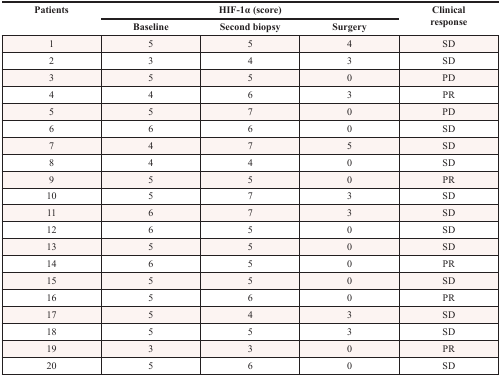
| <ROWSPAN=2> Patients | <COLSPAN=3> HIF-1α (score) | <ROWSPAN=2> Clinical response |
 | Baseline | Second biopsy | Surgery |
 | --- | --- | --- | --- | --- |
 | 1 | 5 | 5 | 4 | SD |
 | 2 | 3 | 4 | 3 | SD |
 | 3 | 5 | 5 | 0 | PD |
 | 4 | 4 | 6 | 3 | PR |
 | 5 | 5 | 7 | 0 | PD |
 | 6 | 6 | 6 | 0 | SD |
 | 7 | 4 | 7 | 5 | SD |
 | 8 | 4 | 4 | 0 | SD |
 | 9 | 5 | 5 | 0 | PR |
 | 10 | 5 | 7 | 3 | SD |
 | 11 | 6 | 7 | 3 | SD |
 | 12 | 6 | 5 | 0 | SD |
 | 13 | 5 | 5 | 0 | SD |
 | 14 | 6 | 5 | 0 | PR |
 | 15 | 5 | 5 | 0 | SD |
 | 16 | 5 | 6 | 0 | PR |
 | 17 | 5 | 4 | 3 | SD |
 | 18 | 5 | 5 | 3 | SD |
 | 19 | 3 | 3 | 0 | PR |
 | 20 | 5 | 6 | 0 | SD |